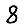
Digit: 8